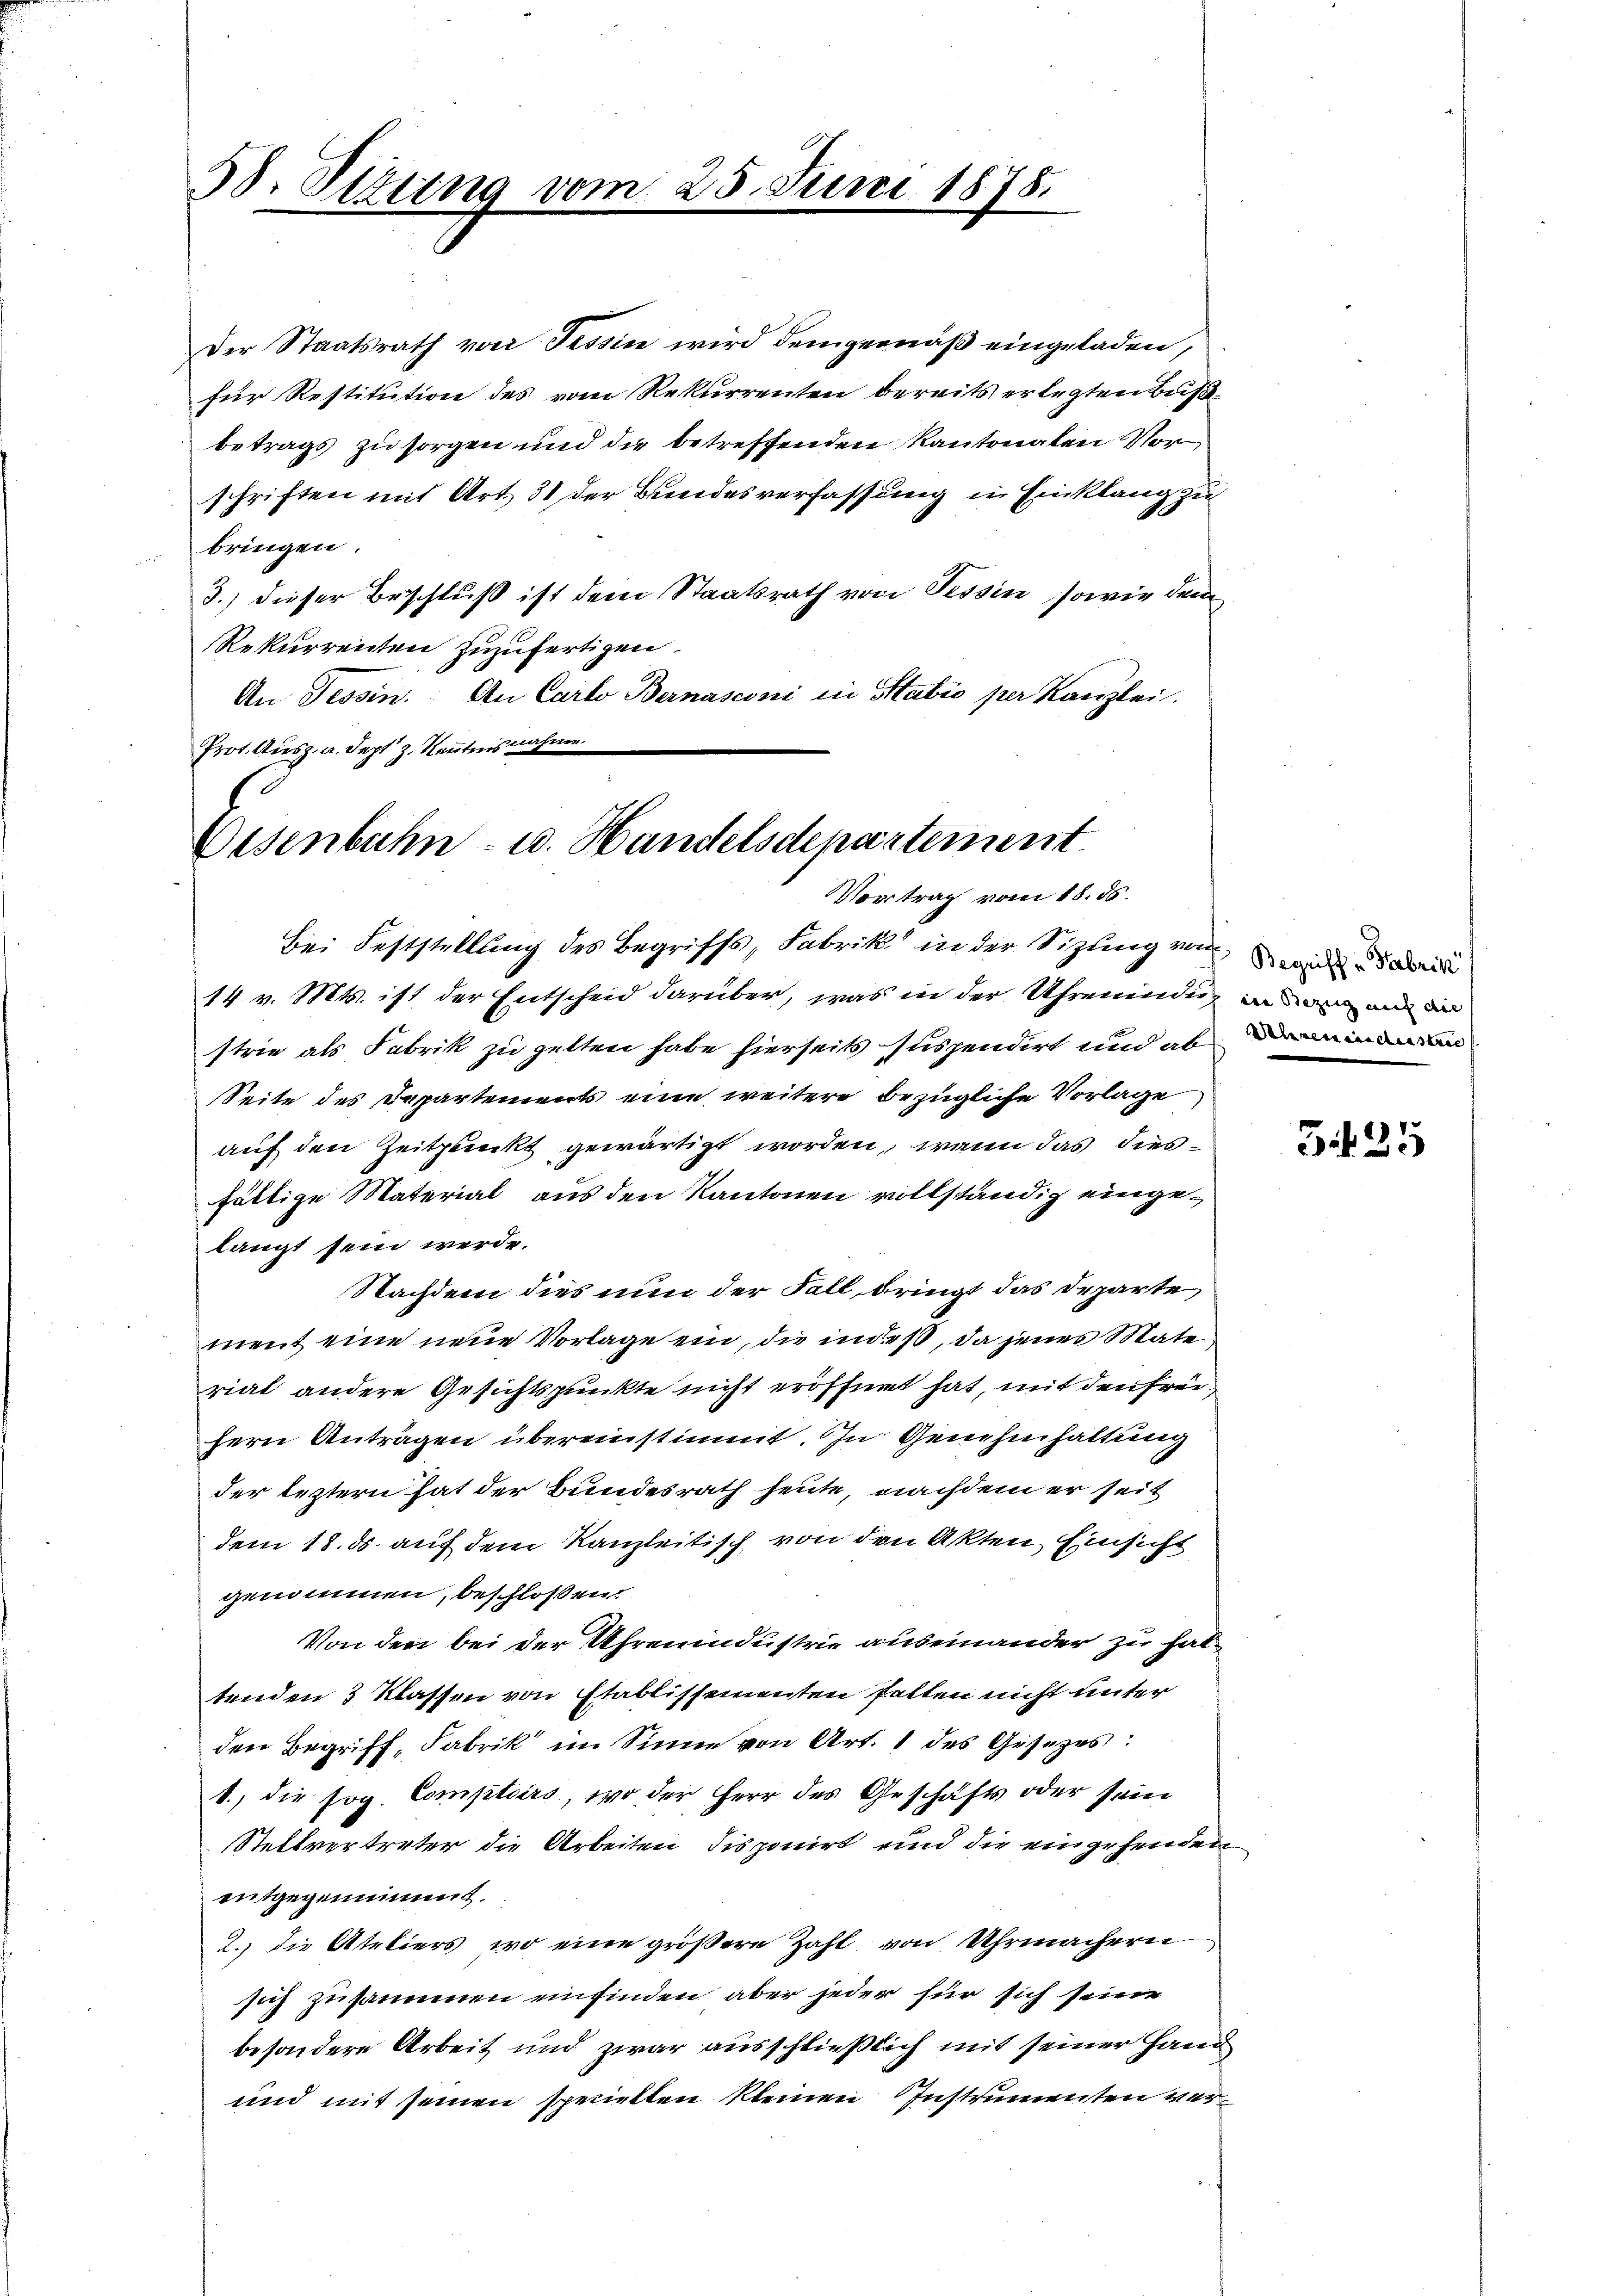
38. Sitzung vom 25. Juni 1878.

Eisenbahn- u. Handelsdepartement
Vortrag vom 18. ds.

Der Staatsrath von Tessin wird demgemäß eingeladen,
für Restitution des vom Rekurrenten bereits erlegten Bußbetrags zu sorgen und die betreffenden Kantonalen Vor
schriften mit Art. 31 der Bundesverfassung in Einklang zu
bringen.
3.) dieser Beschluß ist dem Staatsrath von Tessin, sowie dem
Rekurrenten zuzufertigen.
An Tessin. An Carto Bernasconi in Statio per Kanzlei
Prot. Ausz. a. Sept z. Kenntnisnahme

Bei Feststellung des Begriffs, Fabrik in der Sizling von d
14 v. Mts. ist der Entscheid darüber, was in der Uhrenindung in an die
strie als Fabrik zu gelten habe hierseits suspendirt und abe
Seite des Departements eine weitere bezügliche Vorlage
auf den Zeitpunkt gewärtigt worden, wenn das diesfältige Material aus den Kantonen vollständig eingelangt sein werde.
Nachdem dies nun der Fall dringt das Departe
ment eine neue Vorlage ein, die indeß, da jenes Mate
rial andere Gesichtspunkte nicht eröffnet hat, mit den Freifern Anträgen übereinstimmt. In Genehmhaltung
der leztern hat der Bundesrath heute, nachdem er seit
dem 18. ds. auf dem Kanzleitisch von den Akten Einsicht
genommen, beschloßen:
Von den bei der Uhrenindustrie auseinander zu haltenden 3 Klassen von Etablissementen halten nicht unter
den Begriff, Fabrik im Sinne von Art. 1 des Gesezes
1., die sog. Comptoirs, wo der Herr des Geschäfts oder sein
Stellvertreter die Arbeiten disponirt und die eingehenden
entgegennimmt.
2.) die Ateliers, wo eine größere Zahl von Uhrmachern
sich zusammen einfinden aber jeder für sich seine
besondere Arbeit und zwar ausschließlich mit seiner Hand
und mit seinen speciellen kleinen Instrumenten ver¬

34 35